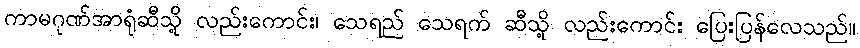
ကာမဂုဏ်အာရုံဆီသို့ လည်းကောင်း၊ သေရည် သေရက် ဆီသို့ လည်းကောင်း ပြေးပြန်လေသည်။